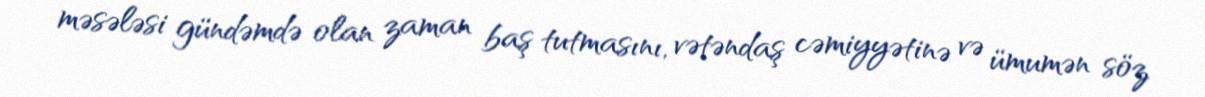
məsələsi gündəmdə olan zaman baş tutmasını, vətəndaş cəmiyyətinə və ümumən söz